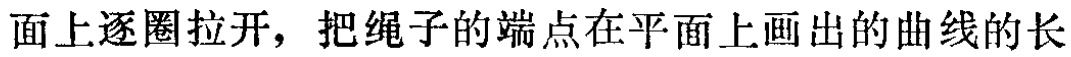
面上逐圈拉开，把绳子的端点在平面上画出的曲线的长